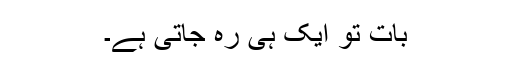
بات تو ایک ہی رہ جاتی ہے۔